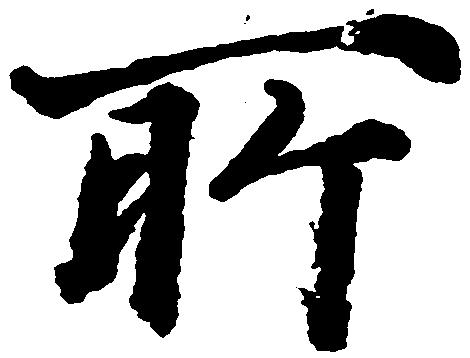
所